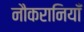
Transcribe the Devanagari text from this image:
नौकरानियाँ